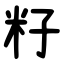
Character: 籽